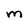
Character: M